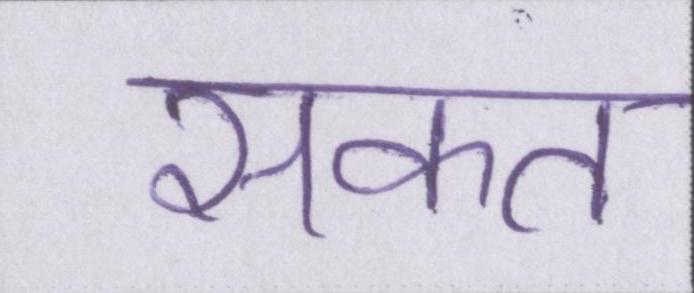
सकत